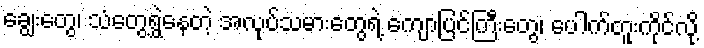
ချွေးတွေ၊ သံတွေရွှဲနေတဲ့ အလုပ်သမားတွေရဲ့ ကျောပြင်ကြီးတွေ၊ ပေါက်တူးကိုင်လို့